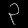
Digit: ၃